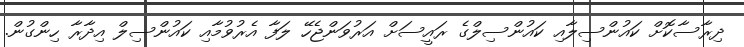
ދިރާސާކޮށް ކައުންސިލާއި ކައުންސިލްގެ ރައީސަށް އަރުވަންޖެހޭ ލަފާ އެރުވުމާއި ކައުންސިލް އިދާރާ ހިންގުން.